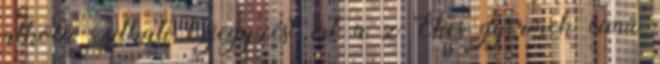
alkotá szilkati bejegyzést írt a z Éhes gyermek című